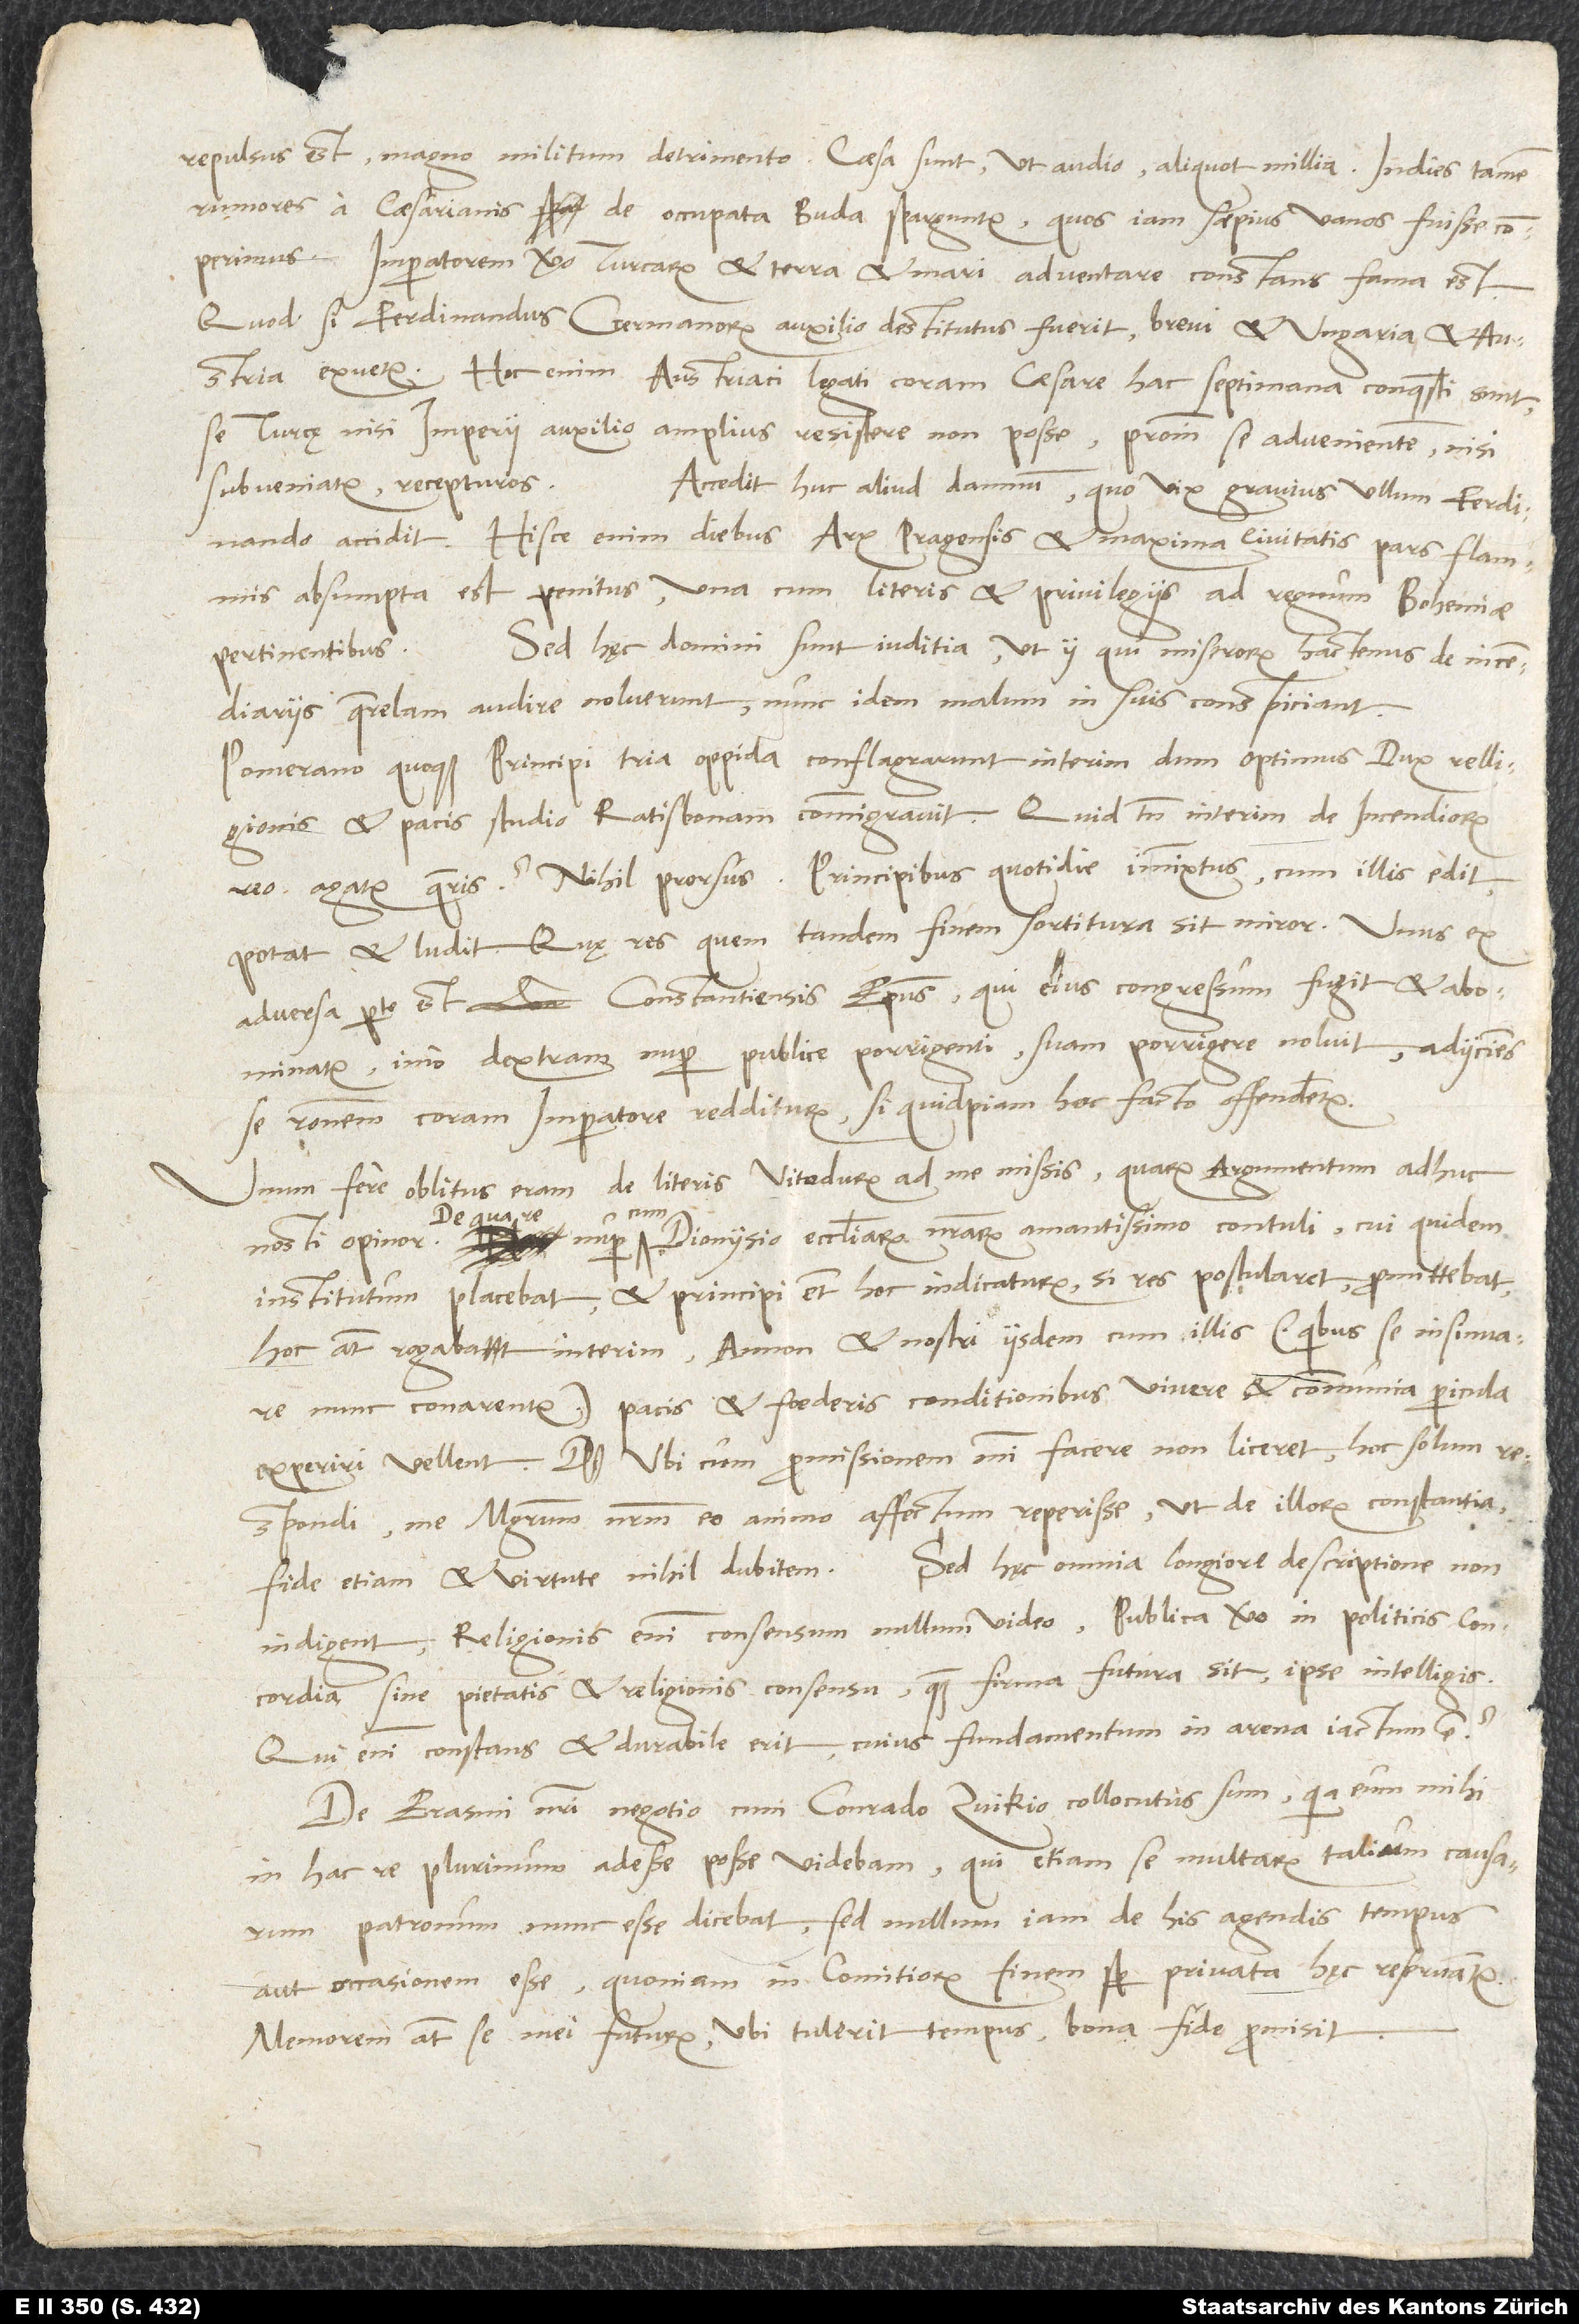
repulsus est magno militum detrimento. Caesa sunt, ut audio, aliquot millia. Indies tamen
rumores a caesarianis de occupata Buda sparguntur, quos iam saepius vanos fuisse comperimus.
Imperatorem vero Turcarum et terra et mari adventare constans fama est.
Quod si Ferdinandus Germanorum auxilio destitutus fuerit, brevi et Ungaria et Austria
exuetur. Hoc enim Austriaci legati coram caesare hac septimana conquesti sunt
se Turcę nisi imperii auxilio amplius resistere non posse; proinde se advenientem, nisi
subveniatur, recepturos.
Accedit huc aliud damnum, quo vix gravius ullum Ferdinando
accidit. Hisce enim diebus arx Pragensis et maxima civitatis pars flammis
absumpta est penitus una cum literis et privilegiis ad regnum Bohemiae
Sed hęc domini sunt iuditia, ut ii, qui miserorum hactenus de incendiariis
pertinentibus.
querelam audire noluerunt, nunc idem malum in suis conspiciant.
Pomerano quoque principi tria oppida conflagrarunt interim, dum optimus dux relligionis
et pacis studio Ratisbonam commigravit. Quid tamen interim de incendiorum
reo agatur, quaeris? Nihil prorsus. Principibus quotidie immixtus cum illis edit,
potat et ludit. Quę res quem tandem finem sortitura sit, miror. Unus ex
adversa parte est Constantiensis episcopus, qui eius congressum fugit et abominatur,
imo dextram nuper publice porrigenti suam porrigere noluit adiiciens
se rationem coram imperatore redditurum, si quidpiam hoc facto offenderetur.
Unum fere oblitus eram de literis Vitodurum ad me missis, quarum argumentum adhuc
De qua re
Dionysio ecclesiarum nostrarum amantissimo contuli, cui quidem
institutum placebat et principi etiam hoc indicaturum, si res postularet, promittebat,
hoc autem rogabat interim, annon et nostri iisdem cum illis (quibus se insinuare
nunc conarentur) pacis et foederis conditionibus vivere et communia pericula
experiri vellent. Ubi, cum promissionem mihi facere non liceret, hoc solum
respondi me magistratum nostrum eo animo affectum reperisse, ut de illorum constantia,
fide etiam et virtute nihil dubitem. Sed hęc omnia longiore descriptione non
indigent; religionis enim consensum nullum video. Publica vero in politicis concordia
sine pietatis et religionis consensu quam firma futura sit, ipse intelligis.
Qui enim constans et durabile erit, cuius fundamentum in arena iactum est?
De Erasmi nostri negotio cum Conrado Zvikio collocutus sum, quia eum mihi
in hac re plurimum adesse posse videbam, qui etiam se multarum talium causarum
patronum nunc esse dicebat, sed nullum iam de his agendis tempus
aut occasionem esse, quoniam in comitiorum finem semper privata hęc reservantur.
Memorem autem se mei futurum, ubi tulerit tempus, bona fide promisit.